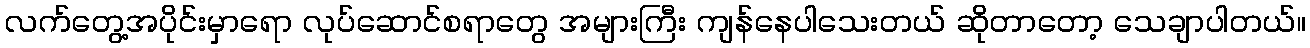
လက်တွေ့အပိုင်းမှာရော လုပ်ဆောင်စရာတွေ အများကြီး ကျန်နေပါသေးတယ် ဆိုတာတော့ သေချာပါတယ်။